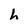
Character: h